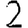
Digit: 2